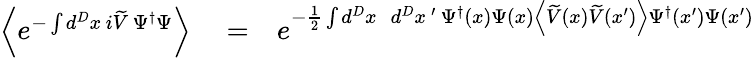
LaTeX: \begin{array}{rlr}{\left\langle e^{-\int d^{D}x\, i\widetilde{V}\, \Psi^{\dagger}\Psi}\right\rangle}&{{}=}&{e^{-\frac{1}{2}\int d^{D}x\, \, \, d^{D}x\, ^{\prime}\, \Psi^{\dagger}\left(x\right)\Psi\left(x\right)\left\langle\widetilde{V}\left(x\right)\widetilde{V}\left(x^{\prime}\right)\right\rangle\Psi^{\dagger}\left(x^{\prime}\right)\Psi\left(x^{\prime}\right)}}\end{array}